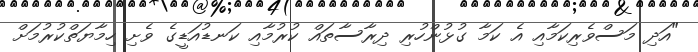
"އަދި މަސްވެރިކަމާއި އެ ކަމާ ގުޅުންހުރި ދިރާސާތައް ކުރުމާއި ކަނޑުއަޑީގެ ވެށި ހިމާޔަތްކުރުމަށް